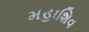
મહાશિવ